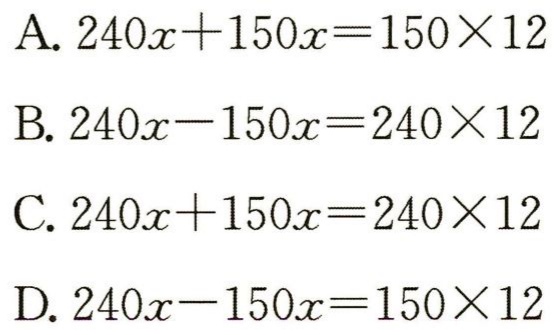
A. \(240x + 150x = 150\times12\)
B. \(240x - 150x = 240\times12\)
C. \(240x + 150x = 240\times12\)
D. \(240x - 150x = 150\times12\)